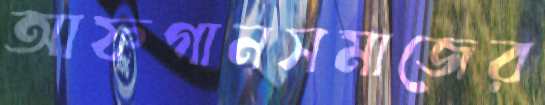
আফগানসমাজের